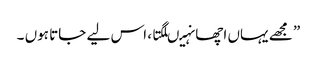
” مجھے یہاں اچھا نہیںلگتا ، اس لیے جاتا ہوں ۔